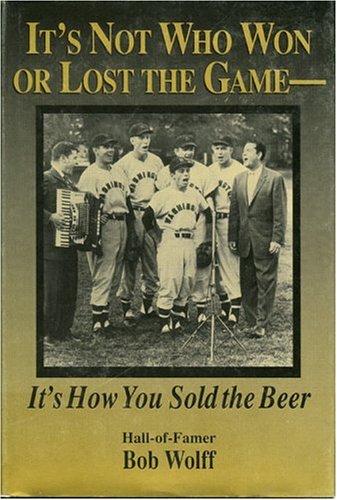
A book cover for It's Not Who Won or Lost the Game-: It's How You Sold the Beer; Bob Wolff; Sports & Outdoors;